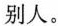
别人。